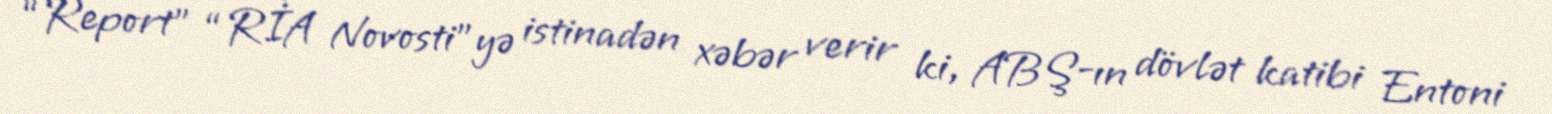
“Report” “RİA Novosti”yə istinadən xəbər verir ki, ABŞ-ın dövlət katibi Entoni